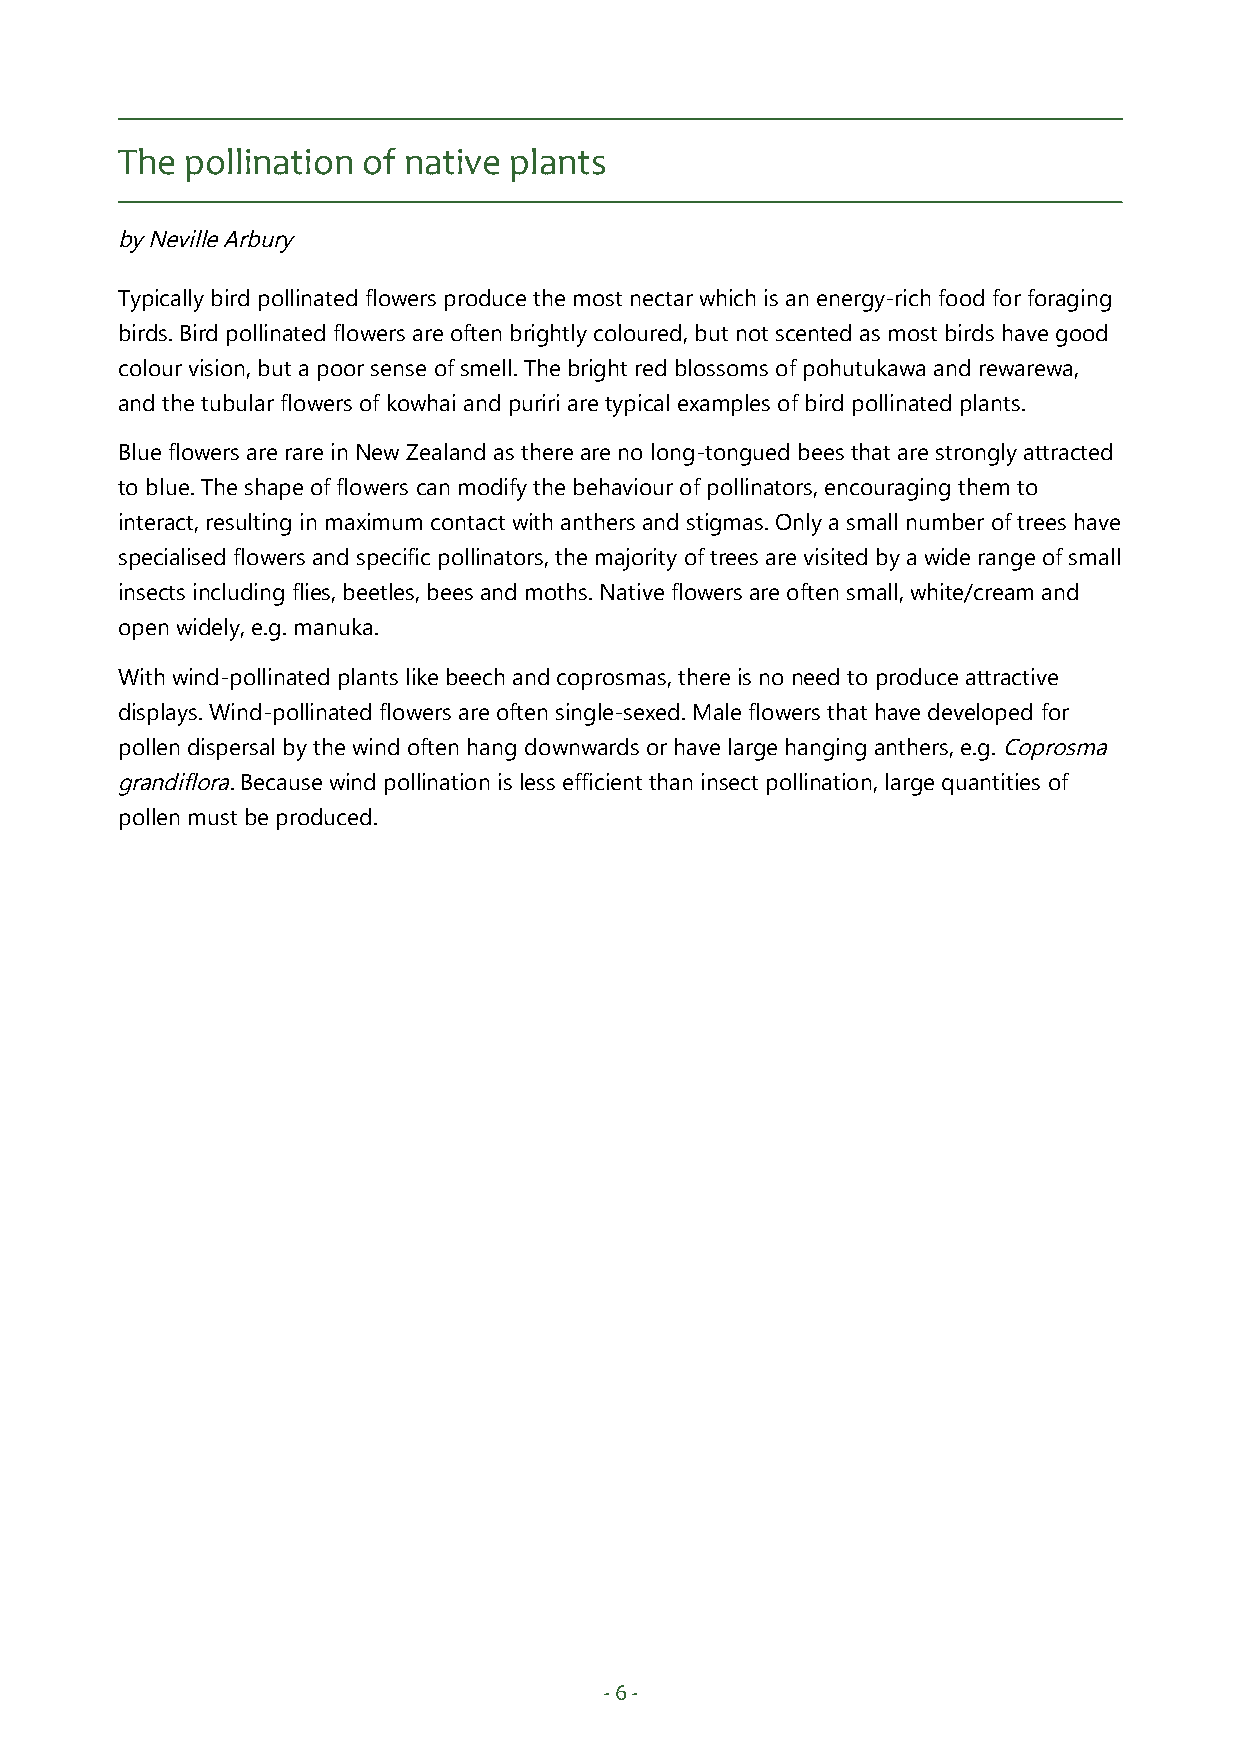
The pollination of native plants
 by Neville Arbury
 Typically bird pollinated flowers produce the most nectar which is an energy-rich food for foraging
 birds. Bird pollinated flowers are often brightly coloured, but not scented as most birds have good
 colour vision, but a poor sense of smell. The bright red blossoms of pohutukawa and rewarewa,
 and the tubular flowers of kowhai and puriri are typical examples of bird pollinated plants.
 Blue flowers are rare in New Zealand as there are no long-tongued bees that are strongly attracted
 to blue. The shape of flowers can modify the behaviour of pollinators, encouraging them to
 interact, resulting in maximum contact with anthers and stigmas. Only a small number of trees have
 specialised flowers and specific pollinators, the majority of trees are visited by a wide range of small
 insects including flies, beetles, bees and moths. Native flowers are often small, white/cream and
 open widely, e.g. manuka.
 With wind-pollinated plants like beech and coprosmas, there is no need to produce attractive
 displays. Wind-pollinated flowers are often single-sexed. Male flowers that have developed for
 pollen dispersal by the wind often hang downwards or have large hanging anthers, e.g. Coprosma
 grandiflora. Because wind pollination is less efficient than insect pollination, large quantities of
 pollen must be produced.
 - 6 -